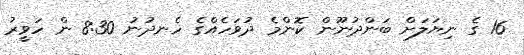
16 ގެ ނިޔަލަށް ބަންދުނޫން ކޮންމެ ދުވަހެއްގެ ހެނދުނު 8:30 ން ހަވީރު